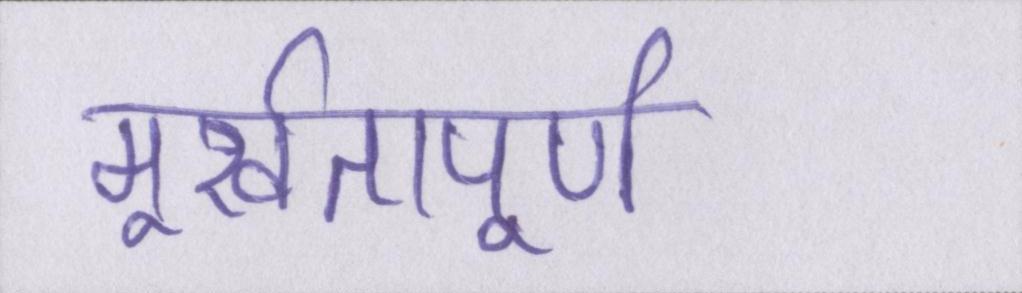
मूर्खतापूर्ण